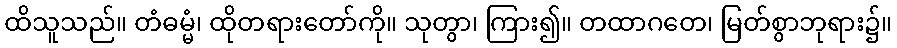
ထိသူသည်။ တံဓမ္မံ၊ ထိုတရားတော်ကို။ သုတွာ၊ ကြား၍။ တထာဂတေ၊ မြတ်စွာဘုရား၌။